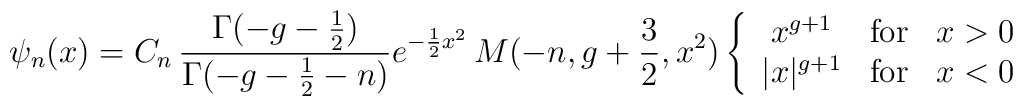
\psi_{n}(x) = C_{n}\,\frac{\Gamma(-g-{1\over 2})}{\Gamma(-g-{1\over2}-n)}e^{-{1\over 2}x^{2}}\,M(-n,g+{3\over2},x^{2})\left\{\begin{array}{cll}                x^{g+1}& {\rm for} & x>0\\                |x|^{g+1}& {\rm for} & x<0               \end{array}\right.